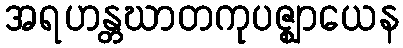
အရဟန္တဃာတကုပဇ္ဈာယေန